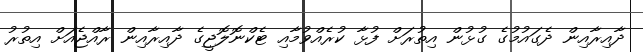
ދާއިރާއިން ދެގައުމުގެ ގުޅުން އިތުރަށް ފުޅާ ކުރެއްވުމާއި ޓެކްނޮލޮޖީގެ ދާއިރާއިން ރާއްޖެއަށް އިތުރު